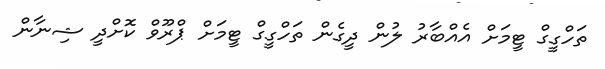
ތަހްގީގް ޓީމަށް އެއްބާރު ލުން ދީގެން ތަހްގީގް ޓީމަށް ޕްރޫވް ކޮށްދީ ޝިނާން